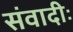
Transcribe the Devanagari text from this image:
संवादीः